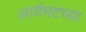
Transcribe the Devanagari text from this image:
आर्यभटच्या